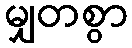
မျှတစွာ